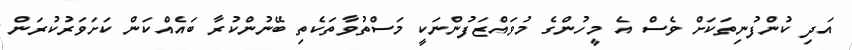
އަދި ކުންފުނިތަކަށް ވެސް އެ މީހުންގެ މުވައްޒަފުންނަކީ މަސްތުވާތަކެތި ބޭނުންކުރާ ބައެއްކަން ކަށަވަރުކުރަން